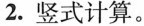
2. 竖式计算。